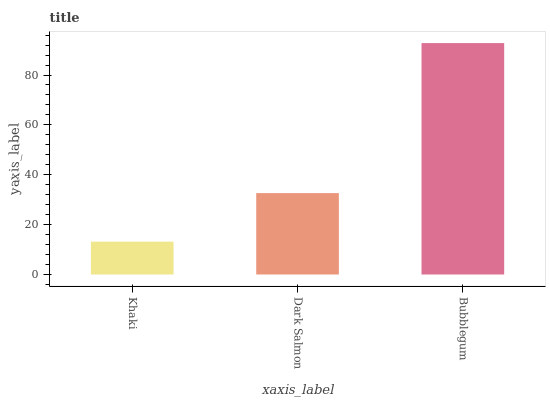
| xaxis_label | bars |
 | --- | --- |
 | Khaki | 13.2 |
 | Dark Salmon | 32.6 |
 | Bubblegum | 92.8 |